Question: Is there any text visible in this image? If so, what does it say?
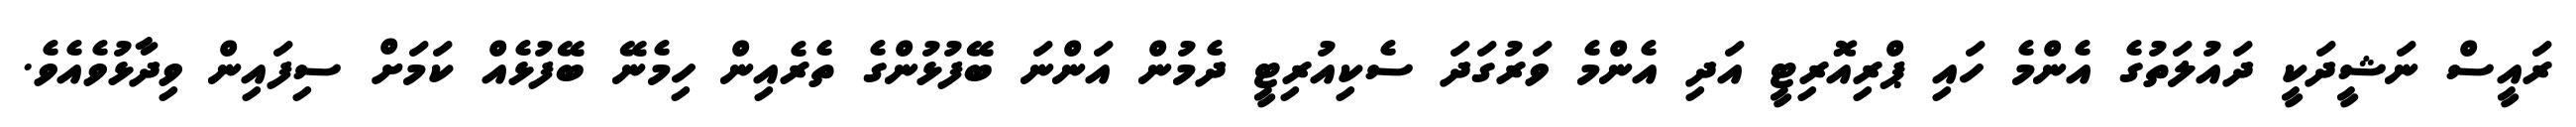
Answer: ރައީސް ނަޝީދަކީ ދައުލަތުގެ އެންމެ ހައި ޕްރިއޮރިޓީ އަދި އެންމެ ވަރުގަދަ ސެކިއުރިޓީ ދެމުން އަންނަ ބޭފުޅުންގެ ތެރެއިން ހިމެނޭ ބޭފުޅެއް ކަމަށް ސިފައިން ވިދާޅުވެއެވެ.